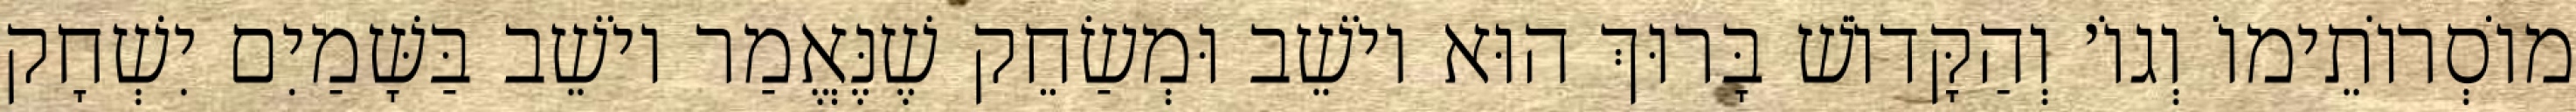
מוֹסְרוֹתֵימוֹ וְגוֹ׳ וְהַקָּדוֹשׁ בָּרוּךְ הוּא יוֹשֵׁב וּמְשַׂחֵק שֶׁנֶּאֱמַר יוֹשֵׁב בַּשָּׁמַיִם יִשְׁחָק